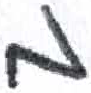
אות: מ